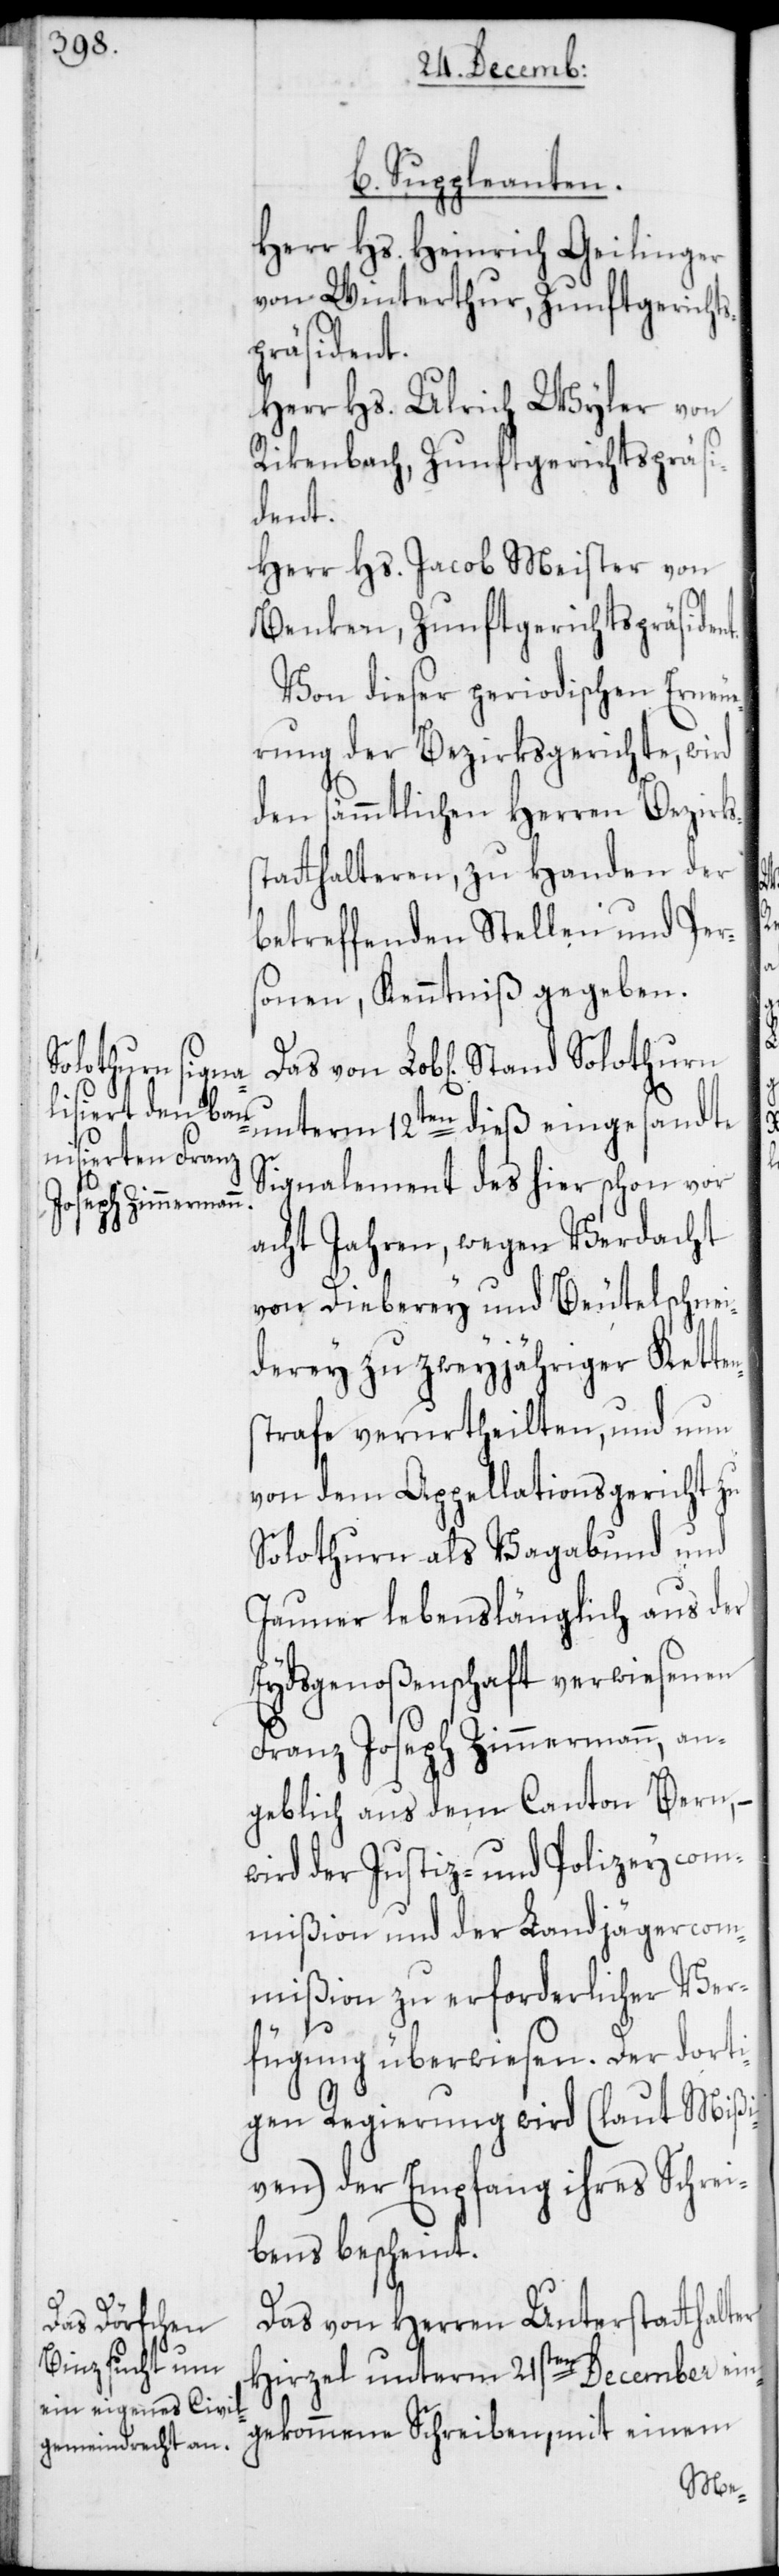
b. Suppleanten.
Herr Hs. Heinrich Geilinger
von Winterthur, Zunftgerichts¬
präsident.
Herr Hs. Ulrich Wyler von
Rikenbach, Zunftgerichtspräsi¬
dent.
Herr Hs. Jacob Meister von
Benken, Zunftgerichtspräsident.
Von dieser periodischen Erneue¬
rung der Bezirksgerichte, wird
den sämmtlichen Herren Bezirks¬
statthalteren zu Handen der
betreffenden Stellen und Per¬
sonen, Kenntniß gegeben.
unterm 12ten dieß eingesandte
Signalement des hier schon vor
acht Jahren, wegen Verdacht
von Dieberey und Beutelschnei¬
derey zu zweyjähriger Ketten¬
strafe verurtheilten, und nun
von dem Appellationsgericht zu
Solothurn als Vagabund und
Jauner lebenslänglich aus der
Eydsgenoßenschaft verwiesenen
Franz Joseph Zimmermann, an¬
geblich aus dem Canton Bern, –
wird der Justiz- und Polizeycom¬
mißion und der Landjägercom¬
mißion zu erforderlicher Ver¬
fügung überwiesen. Der dorti¬
gen Regierung wird (laut Mißi¬
ven) der Empfang ihres Schrei¬
bens bescheint.
Das von Herren Unterstatthalter
Hirzel unterm 21sten December ein¬
gekommene Schreiben, mit einem